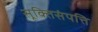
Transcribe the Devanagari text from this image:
सूक्तिसंपत्ति